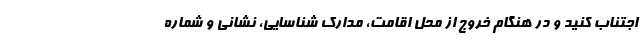
اجتناب کنید و در هنگام خروج از محل اقامت، مدارک شناسایی، نشانی و شماره